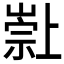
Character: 𱜌